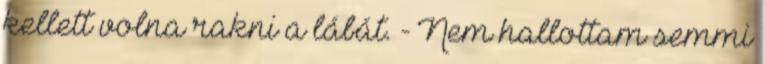
kellett volna rakni a lábát. - Nem hallottam semmi